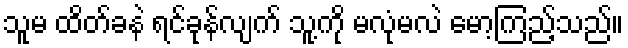
သူမ ထိတ်ခနဲ ရင်ခုန်လျက် သူ့ကို မလုံမလဲ မော့ကြည့်သည်။